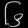
Digit: ၆